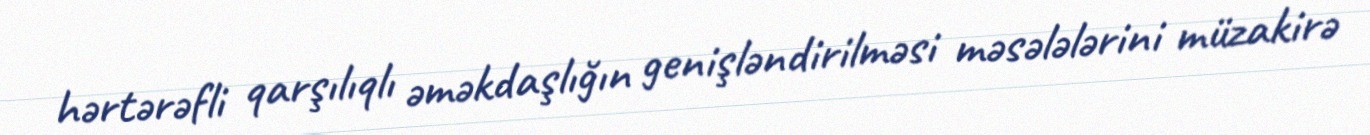
hərtərəfli qarşılıqlı əməkdaşlığın genişləndirilməsi məsələlərini müzakirə